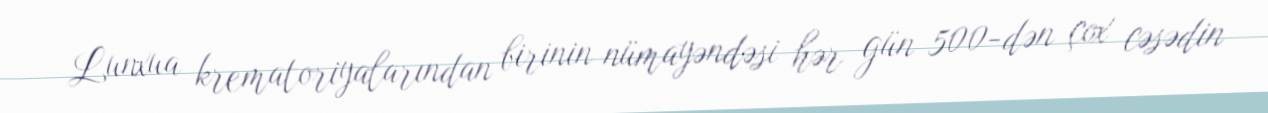
Lunxua krematoriyalarından birinin nümayəndəsi hər gün 500-dən çox cəsədin